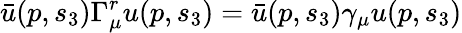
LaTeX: \bar{u}(p,s_{3})\Gamma_{\mu}^{r}u(p,s_{3})=\bar{u}(p,s_{3})\gamma_{\mu}u(p,s_{3})